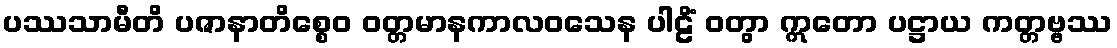
ပဿသာမီတိ ပဇာနာတိစ္စေဝ ဝတ္တမာနကာလဝသေန ပါဠိံ ဝတွာ ဣတော ပဋ္ဌာယ ကတ္တဗ္ဗဿ